Vaccination in the Punjab 1905-1918 - 1905-1918
Year: 1905
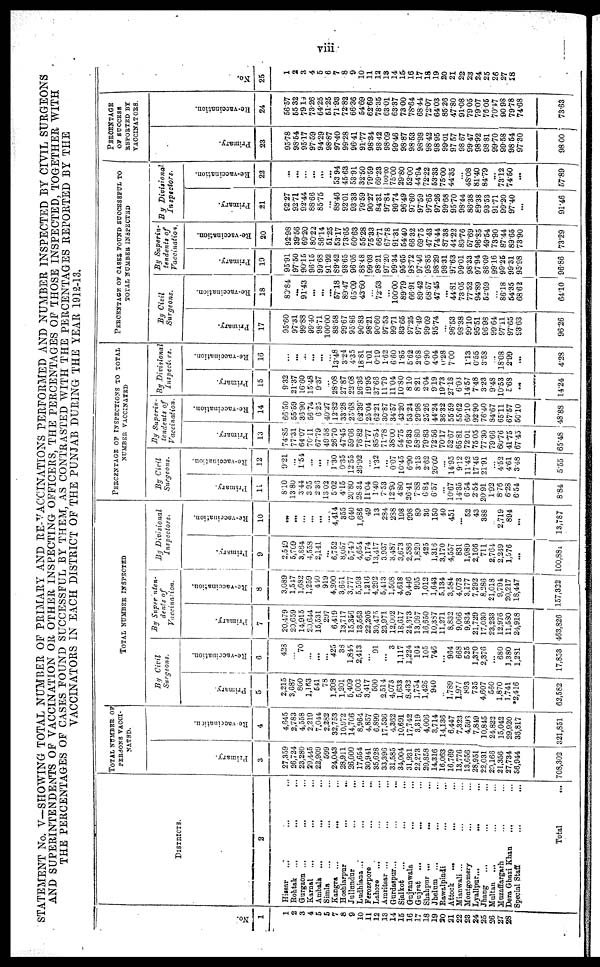
viii
STATEMENT No. V—SHOWING TOTAL NUMBER OF PRIMARY AND RE-VACCINATIONS PERFORMED AND NUMBER INSPECTED BY CIVIL SURGEONS
AND SUPERINTENDENTS OF VACCINATION OR OTHER INSPECTING OFFICERS, THE PERCENTAGES OF THOSE INSPECTED, TOGETHER WITH
THE PERCENTAGES OF CASES FOUND SUCCESSFUL BY THEM, AS CONTRASTED WITH THE PERCENTAGES REPORTED BY THE
VACCINATORS IN EACH DISTRICT OF THE PUNJAB DURING THE YEAR 1912-13
No.
1
1
2
3
4
5
5
7
8
9
10
11
12
13
14
15
16
17
18
19
20
21
22
23
24
25
26
27
28
DISTRICTS.
2
Hissar
...
... ...
Rohtak ... ... ...
Gurgaon ... ... ...
Karnal ... ... ...
Ambala ... ... ...
Simla ... ... ...
Kangra ...
... ...
Hoshiarpur
...
... ...
Jullundur
...
... ...
Ludhiana... ... ...
Ferozepore ... ...
Lahore ... ... ...
Amritsar ... ... ...
Gurdaspur... ... ...
Sialkot ... ... ...
Gujranwala ... ... ...
Gujrat
... ... ...
Shahpur ...
... ...
Jhelum ... ... ...
Rawalpindi ... ...
Attock
...
... ...
Mianwali ... ... ...
Montgomery ... ...
Lyallpur... ... ...
Jhang
... ... ...
Multan ... ... ...
Muzaffargarh ... ...
Dera Ghazi Khan ... ...
Special Staff ... ...
Total
...
TOTAL NUMBER OF
PERSONS VACCI¬
NATED.
Primary.
3
27,359
26,724
23,280
29,445
22,909
599
24,043
28,911
26,000
17,654
30,941
35,628
33,396
31,585
34,004
31,931
22,273
20,858
14,316
16,063
16,769
13,776
13,656
28,951
22,031
20,166
21,356
27,734
36,944
708,302
Re-vaccination.
4
4,645
2,783
4,558
2,219
7,044
2,282
32,753
10,972
14,706
8,964
4,857
6,899
17,536
4,362
10,691
17,742
3,319
4,006
3,714
14,136
6,447
7,323
4,593
7,849
10,845
24,822
15,042
29,920
36,817
321,851
TOTAL NUMBER INSPECTED
By Civil
Surgeons.
Primary.
5
2,215
3,687
800
1,163
541
78
1,208
1,201
5,409
5,003
3,417
500
2,514
4,073
1,633
8,433
1,754
1,426
940
...
1,789
1,977
893
735
4,607
560
1,870
1,741
*2,416
62,582
Re-vaccination.
6
428
...
70
...
...
...
425
38
1,845
2,413
...
91
...
3
1,117
1,224
104
105
746
...
964
668
525
1,370
2,376
... 680
1,380
1,281
17,853
By Superinten¬
dents of
Vaccination.
Primary.
7
20,479
20,659
14,915
20,644
15,531
297
6,419
13,717
15,356
13,563
22,205
30,475
23,971
12,002
18,617
24,373
13,097
16,650
10,387
11,271
8,832
9,066
9,834
21,729
17,030
23,233
12,976
11,580
24,918
463,826
Re-vaccination.
8
3,089
1,547
1,682
1,259
440
919
4,200
3,651
3,777
5,593
1,216
4,292
5,413
1,508
4,618
9,446
995
1,012
1,643
5,134
3,584
4,073
3,177
7,292
8,286
21,018
9,794
20,217
18,447
157,322
By Divisional
Inspectors.
Primary.
9
2,549
5,709
3,864
4,558
2,141
...
6,752
8,057
5,740
4,654
6,174
13,417
3,937
3,487
3,673
2,586
1,829
425
1,316
3,170
4,557
831
1,989
2,166
711
2,764
2,249
1,576
...
100,881
Re-vaccination.
10
...
...
...
...
...
...
4,414
355
640
1,686
49
13
284
288
198
998
89
36
150
40
451
...
52
43
388
...
2,719
894
...
13,787
PERCENTAGE OF INSPECTIONS TO TOTAL
NUMBER VACCINATED
By Civil
Surgeons.
Primary.
11
8.10
13.80
3.44
3.95
2.36
13.02
5.02
4.15
20.80
28.34
11.04
1.40
7.53
12.90
4.80
26.41
7.88
6.84
6.57
...
10.67
14.35
6.54
2.54
20.91
1.92
8.76
6.28
6.54
8.84
Re-vaccination.
12
9.21
...
1.54
...
...
...
1.30
0.35
12.55
26.92
...
1.32
...
0.07
10.45
6.90
3.13
2.62
20.09
...
14.95
9.12
11.42
17.45
21.91
...
4.52
4.61
3.48
5.55
By Superin-
tendents of
Vaccination.
Primary.
13
74.85
77.31
64.07
70.11
67.79
49. 58
26.70
47.45
59.06
76.82
71.77
85.54
71.78
38.00
54.75
76.33
58.80
79.83
72.56
70.17
52.67
65.81
72.01
75.05
77.30
79.66
60.76
41.75
67.45
65.48
Re-vaccination.
14
66.50
55.59
36.90
56.74
6.25
40.27
12.82
33.28
25.68
62.39
25.04
62.21
30.87
34.57
43.20
53.24
29.98
25.26
44.24
36.32
55.59
55.62
69.10
92. 90
76.40
84.67
65.11
67.57
50.10
48.88
By Divisional
Inspectors.
Primary.
15
9.32
21.37
16.60
15.48
9.37
...
28.08
27.87
22.08
26.36
19.95
37.66
11.79
11.04
10.80
8.10
8.21
2.04
9.19
19.73
27.18
6.03
14.57
7.48
3.23
9.48
10.53
5.68
...
14.24
Re-vaccination.
16
...
...
...
...
...
...
13.48
3.24
4.35
18.81
1.01
0.19
1.62
6.60
1.85
5.62
2.68
0.90
4.04
0.28
7.00
...
1.13
0.55
3.58
...
18.08
2.99
...
4.28
PERCENTAGE OF CASES FOUND SUCCESSFUL TO
TOTAL NUMBER INSPECTED
By Civil
Surgeons.
Primary.
17
95.60
97.31
99.88
99.40
98.71
100.00
88.58
99.67
95.86
90.83
98.21
90.60
97.53
99.71
83.65
97.25
97.49
99.09
95.74
...
96.53
98.38
99.10
95.51
96.98
99.64
97.11
97.65
93.63
96.26
Re-vaccination.
18
80.84
...
91.43
...
...
...
57.18
89.47
65. 09
43.60
...
72.53
...
100.00
89.79
66.91
89.42
68.57
47.45
...
44.81
73.05
77.52
94.89
52.69
...
86.18
54.35
68.62
64.10
By Superin-
tendents of
Vaccination.
Primary.
19
95.91
97.50
90.5
96.15
99.68
91.92
89.42
98.65
96.05
88.48
99.03
98.21
97.20
99.34
95.65
98.72
97.46
98.85
98.29
98.31
97.63
99.01
98.33
97.94
88.09
99.16
99.26
99.31
95.98
96.86
Re-vaccination.
20
92.98
39.56
69.20
...
66.14
51.25
53.17
73.65
60.63
55.28
75.33
66.71
67.78
91.31
54.40
66.32
69.75
47.43
74.44
87.38
44.22
89.76
57.69
96.85
49.54
73.90
87.44
89.65
73.90
73.29
By Divisional.
Inspectors.
Primary.
21
92.27
92.71
92.44
88.66
85.75
...
88.46
92.01
93.33
79.59
90.27
84.31
97.84
99.74
96.49
97.60
97.59
97.65
97.26
99.68
95.70
98.44
86.38
89.38
93.53
91.71
99.20
97.40
...
91.46
Re-vaccination.
22
...
...
...
...
...
...
53.94
45.63
53.91
32.50
79.59
69.23
100.00
75.00
29.80
52.00
44.94
72.22
53.33
75.00
44.35
...
48.08
81.40
84.79
...
73.12
74.50
...
57.89
PERCENTAGE
OF SUCCESS
REPORTED BY
VACCINATORS.
Primary.
23
95.78
98.54
95.17
97.59
94.29
98.87
97.40
99.28
96.41
91.77
98.34
98.42
98.09
99.46
98.87
98.53
98.98
98.42
98.95
99.01
97.57
98.67
99.47
98.92
98.81
99.70
99.58
98.54
97.30
98.00
Re-vaccination.
24
56.57
55.32
79.19
73.26
64.25
51.25
71.93
72.82
66.36
54.69
62.69
78.35
63.01
63.37
73.00
78.64
68.44
72.07
64.03
85.26
47.80
91.08
79.05
79.07
76.05
70.17
90. 98
79.78
74.68
73.63
No.
25
1
2
3
4
5
6
7
8
9
10
11
12
13
14
15
16
17
18
19
20
21
22
23
24
25
26
27
28